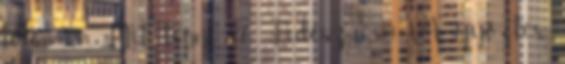
tőle? 194. Mit tenne a Fidesz? 193. A győztes